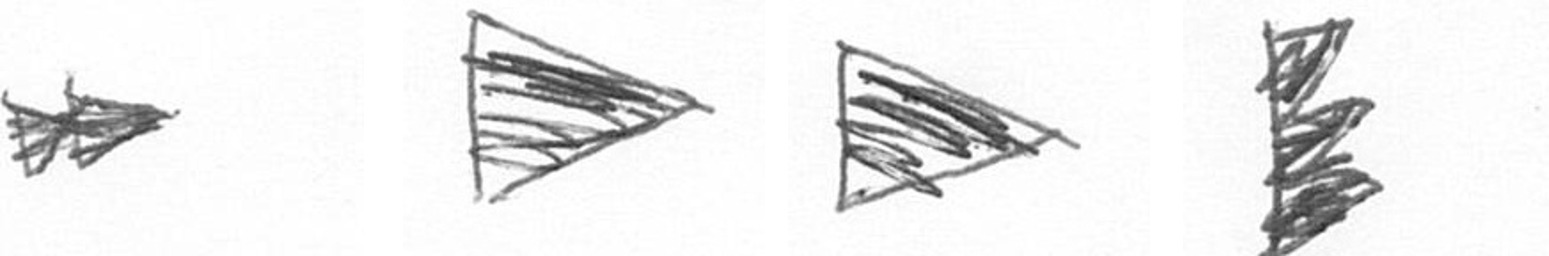
A T T H